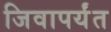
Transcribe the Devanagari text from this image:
जिवापर्यंत